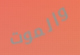
والموت